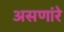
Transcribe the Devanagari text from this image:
असणांरे